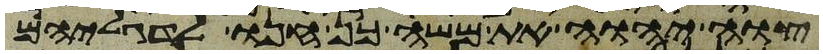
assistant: צוה יהוה את משה כן חנו לדגליהם